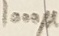
Text: 1000µ